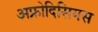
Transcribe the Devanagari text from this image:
अफ्रोदिसियस